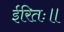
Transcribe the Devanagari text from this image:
ईरितः॥